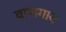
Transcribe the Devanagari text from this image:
वाणगाव